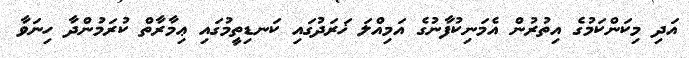
އަދި މިކަންކަމުގެ އިތުރުން އެމަނިކުފާނުގެ އަމިއްލަ ޚަރަދުގައި ކަނޑިތީމުގައި ޢިމާރާތް ކުރަމުންދާ ހިނަވާ